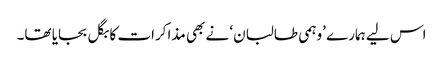
اس لیے ہمارے ’وہمی طالبان‘ نے بھی مذاکرات کا بگل بجایا تھا۔